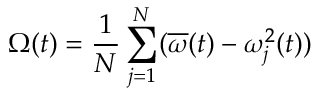
\Omega ( t ) = \frac { 1 } { N } \sum _ { j = 1 } ^ { N } ( \overline { \omega } ( t ) - \omega _ { j } ^ { 2 } ( t ) )